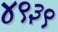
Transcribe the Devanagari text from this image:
४९३९